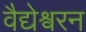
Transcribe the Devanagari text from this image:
वैद्येश्वरन